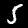
Label: 5